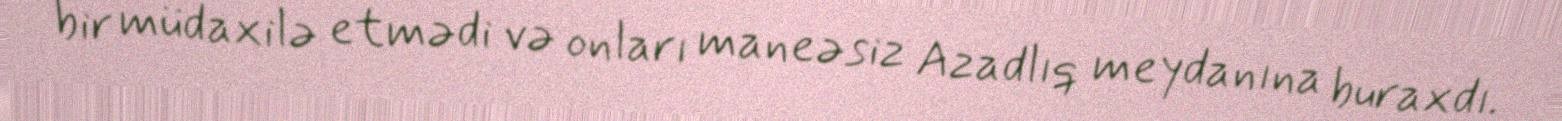
bir müdaxilə etmədi və onları maneəsiz Azadlıq meydanına buraxdı.